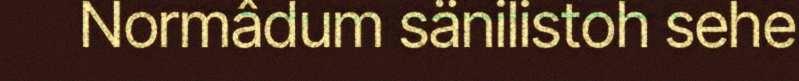
Normâdum sänilistoh sehe